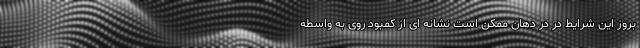
بروز این شرایط در در دهان ممکن است نشانه ای از کمبود روی به واسطه